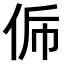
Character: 𠈩